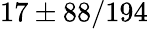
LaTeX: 17\pm 88/194